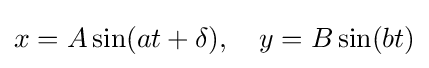
x=A\sin(at+\delta ),\quad y=B\sin(bt)